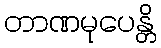
တာဏမုပေန္တိ